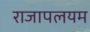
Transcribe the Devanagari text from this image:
राजापलयम